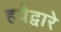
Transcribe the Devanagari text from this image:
हवेद्वारे